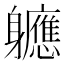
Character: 軈